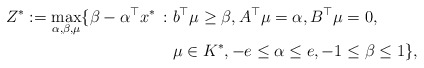
\begin{align*}Z^*:=\max_{\alpha,\beta,\mu}\{ \beta-\alpha^\top x^* \, : \; & b^\top\mu\geq\beta, A^\top\mu=\alpha, B^\top\mu=0,\\ & \mu\in K^*, -e \le \alpha \le e, -1 \le \beta \le 1 \},\end{align*}